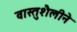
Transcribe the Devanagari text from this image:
वास्तुशैलीने